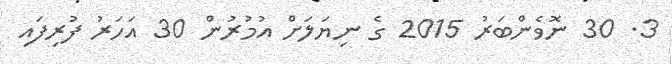
3. 30 ނޮވެންބަރު 2015 ގެ ނިޔަލަށް އުމުރުން 30 އަހަރު ފުރިފައި